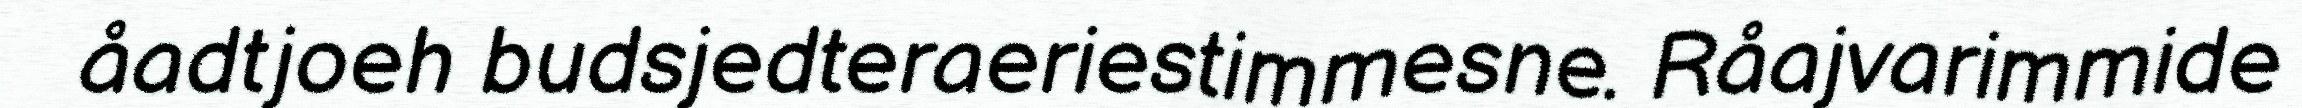
åadtjoeh budsjedteraeriestimmesne. Råajvarimmide